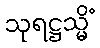
သုရဋ္ဌသ္မိံ